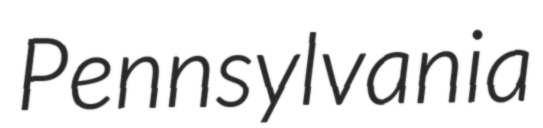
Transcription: Pennsylvania